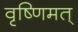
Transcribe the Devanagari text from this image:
वृष्णिमत्